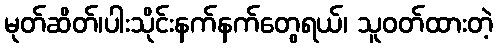
မုတ်ဆိတ်၊ပါးသိုင်းနက်နက်တွေရယ်၊ သူဝတ်ထားတဲ့